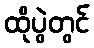
ထိုပွဲတွင်